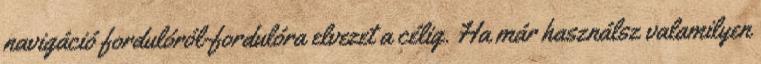
navigáció fordulóról-fordulóra elvezet a célig. Ha már használsz valamilyen